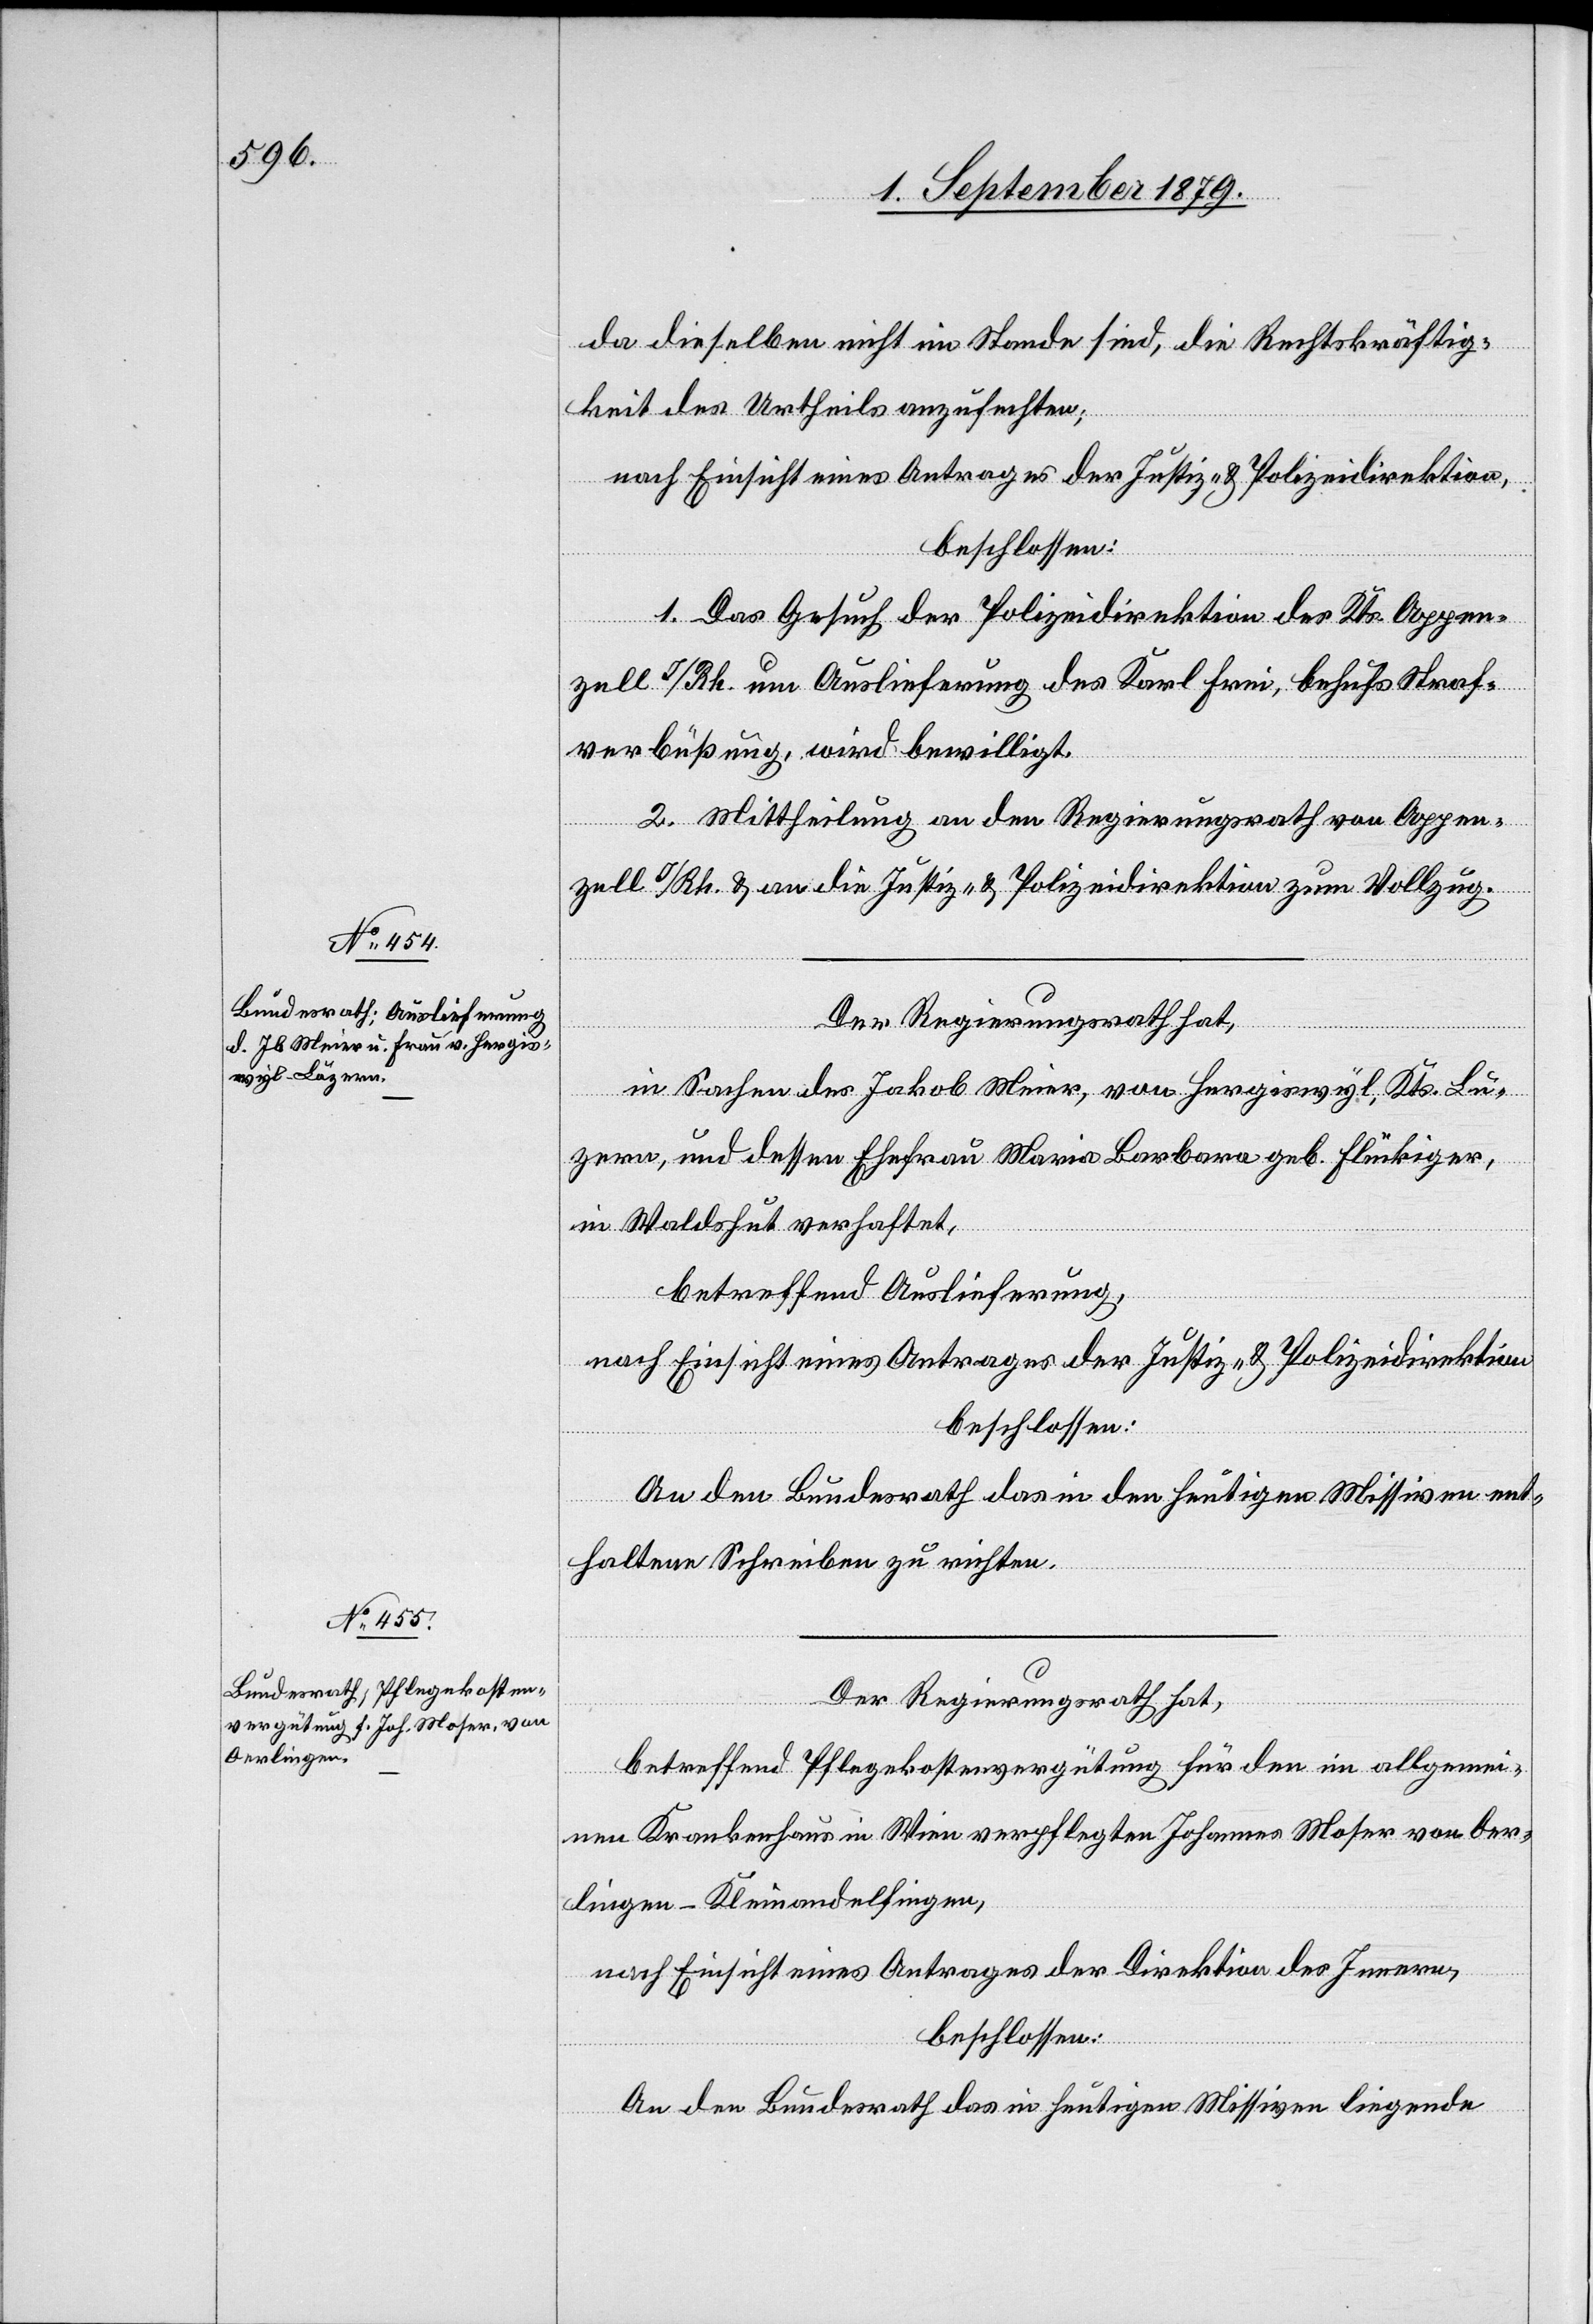
da dieselben nicht im Stande sind, die Rechtskräftig¬
keit des Urtheils anzufechten;
nach Einsicht eines Antrages der Justiz- & Polizeidirektion,
beschlossen:
1. Das Gesuch der Polizeidirektion des Kts. Appen¬
zell I/Rh. um Auslieferung des Karl Frei, behufs Straf¬
verbüßung, wird bewilligt.
2. Mittheilung an den Regierungsrath von Appen¬
zell I/Rh. & an die Justiz- & Polizeidirektion zum Vollzug.
Der Regierungsrath hat,
in Sachen des Jakob Meier, von Hergiswyl, Kts. Lu¬
zern und dessen Ehefrau Maria Barbara, geb. Flückiger,
in Waldshut verhaftet,
betreffend Auslieferung,
nach Einsicht eines Antrages der Justiz- & Polizeidirektion,
beschlossen:
An den Bundesrath das in den heutigen Missiven ent¬
haltene Schreiben zu richten.
Der Regierungsrath hat,
betreffend Pflegekostenvergüten für den im allgemei¬
nen Krankenhaus in Wien verpflegten Johannes Moser von Oer¬
lingen - Kleinandelfingen,
nach Einsicht eines Antrages der Direktion des Innern,
beschlossen:
An den Bundesrath das in heutigen Missiven liegende